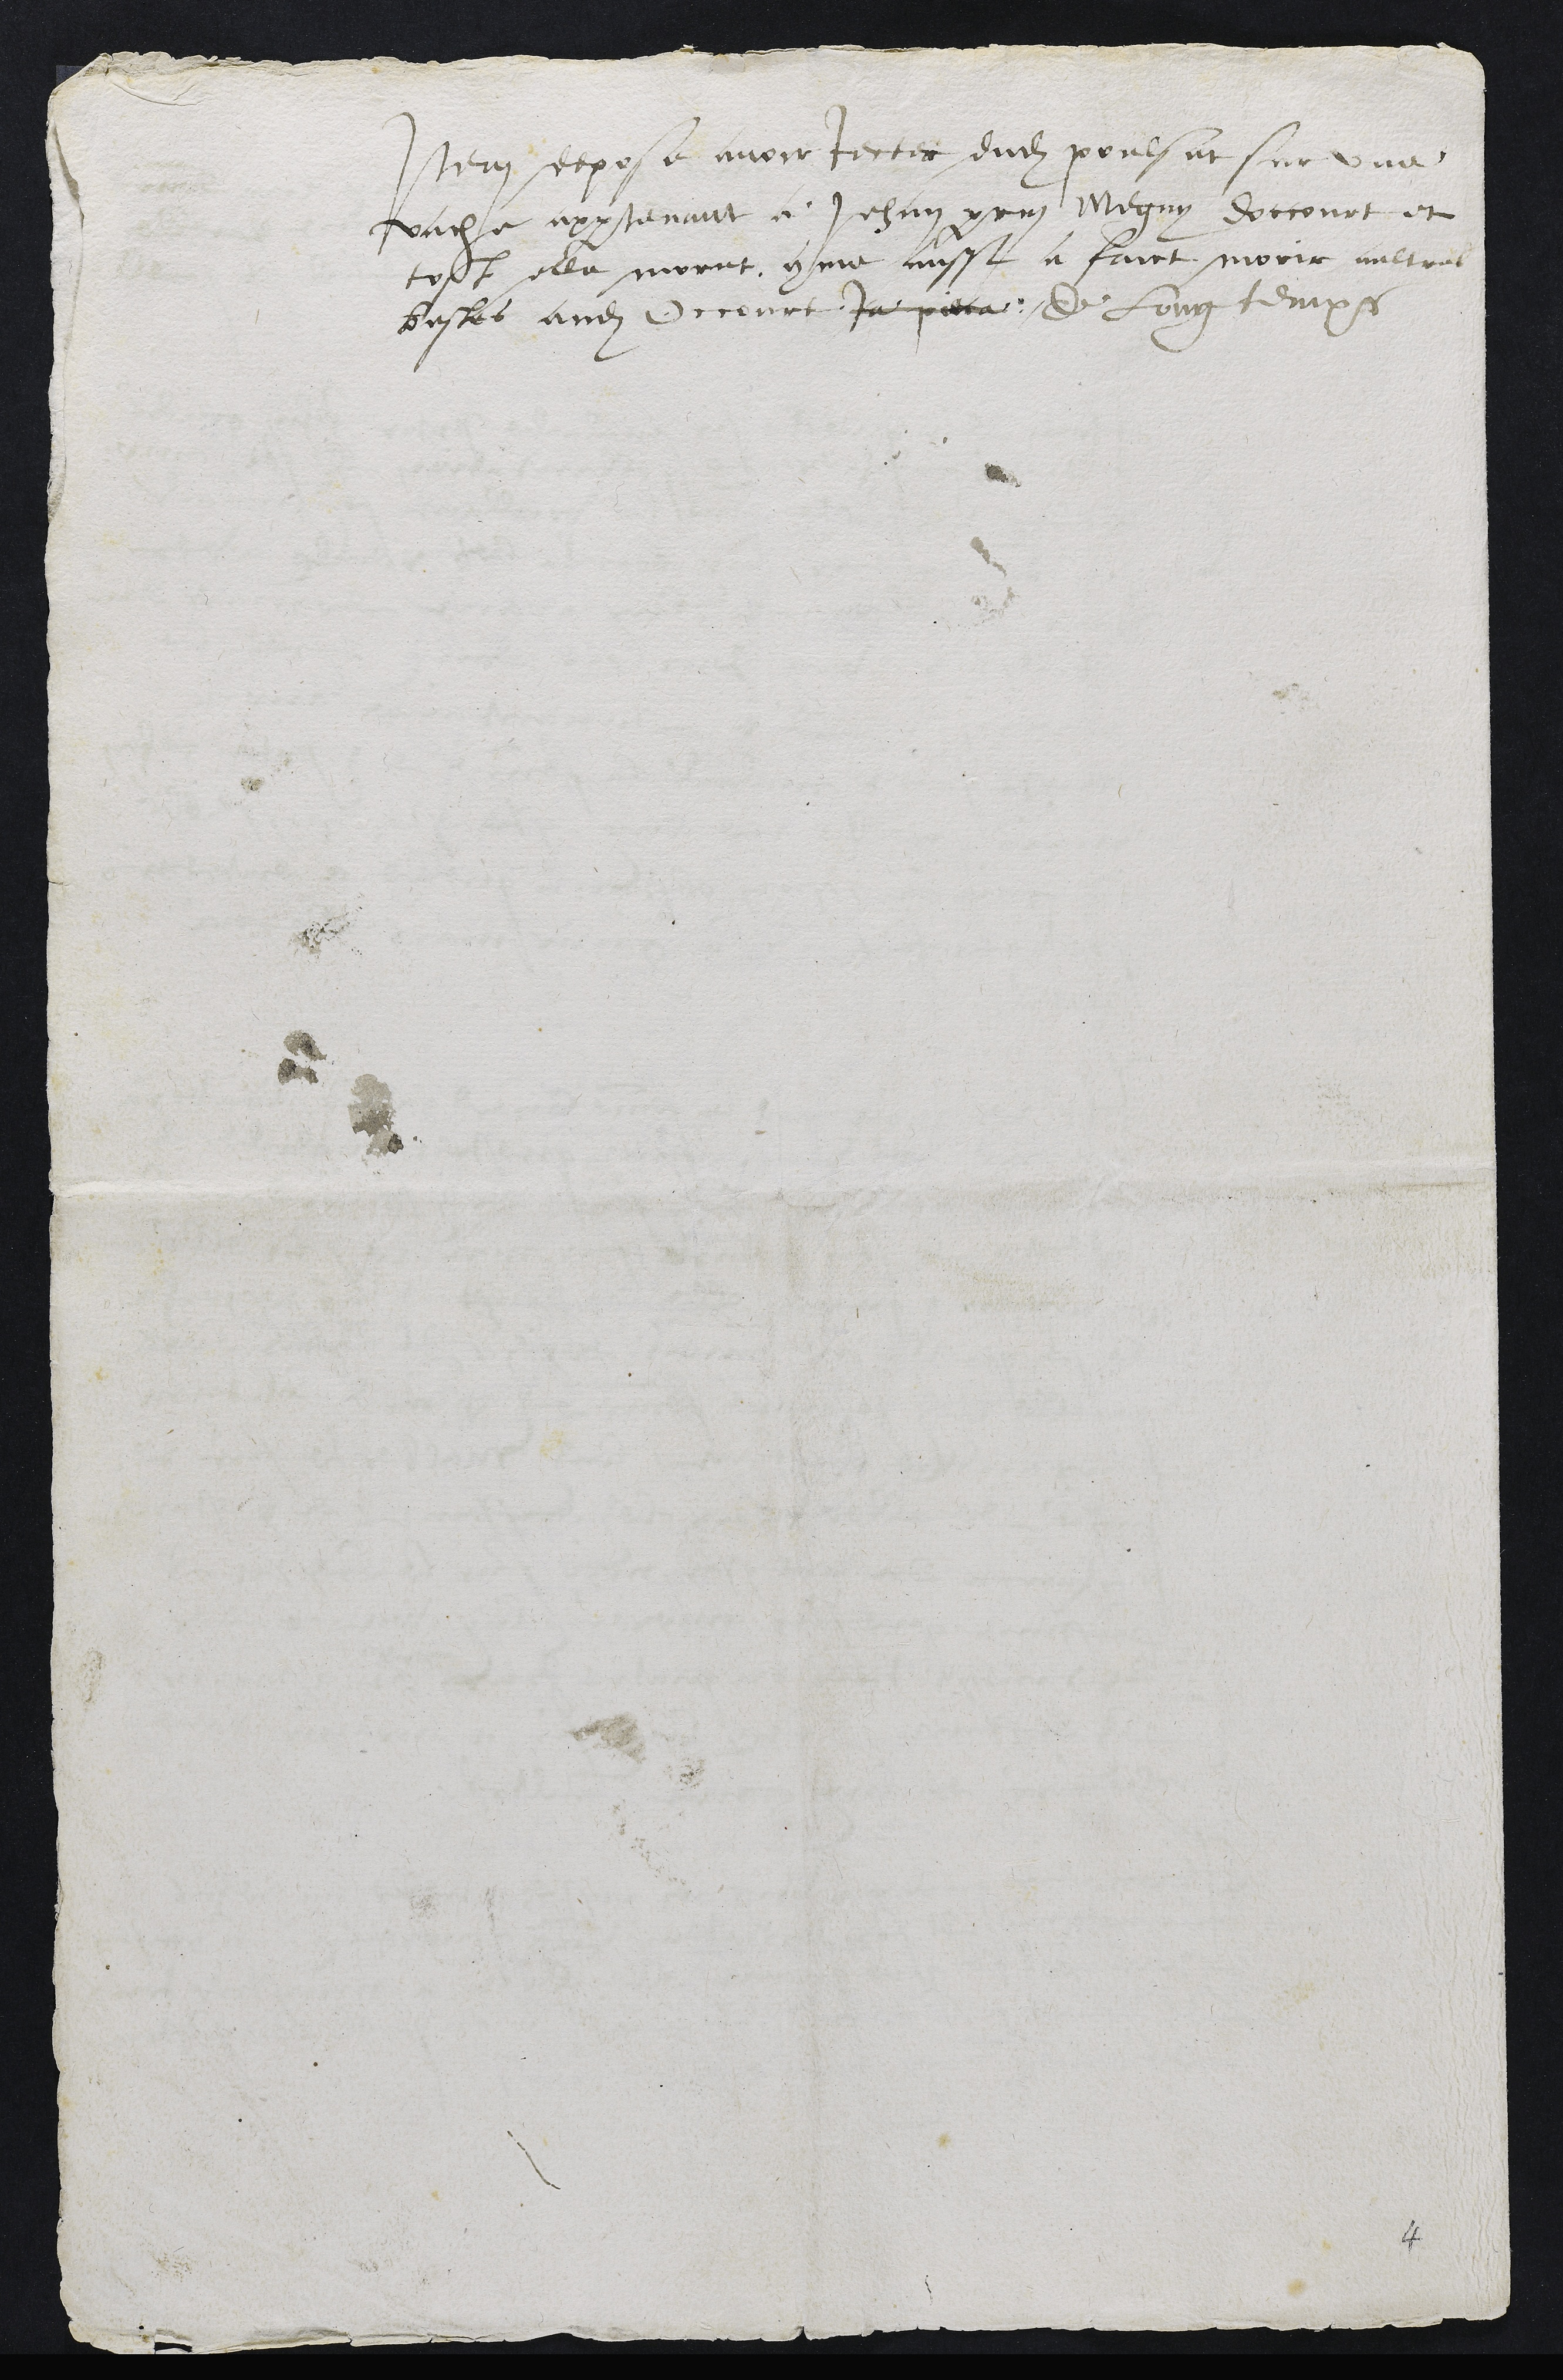
Item depose avoir jecter dudit poulsat sur une
vache appartenant a Jehan perrin Meguy doccourt et
tost elle morut comme aussi a faict morir aultres
bestes audit Occourt ja pieca de Long temps